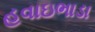
હવાઇભાડા